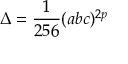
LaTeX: \Delta = { \frac { 1 } { 2 5 6 } } ( a b c ) ^ { 2 p }